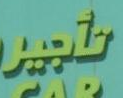
تاجير